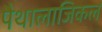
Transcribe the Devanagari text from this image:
पैथालाजिकल